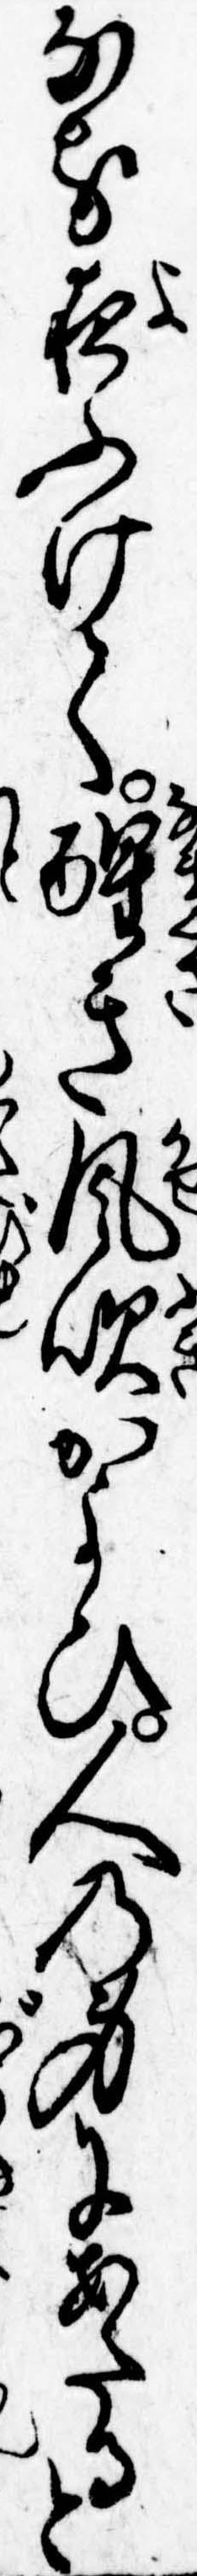
なる夜ふけて醒き風吹かよひ人の身にあたると